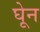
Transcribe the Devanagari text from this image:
घेून